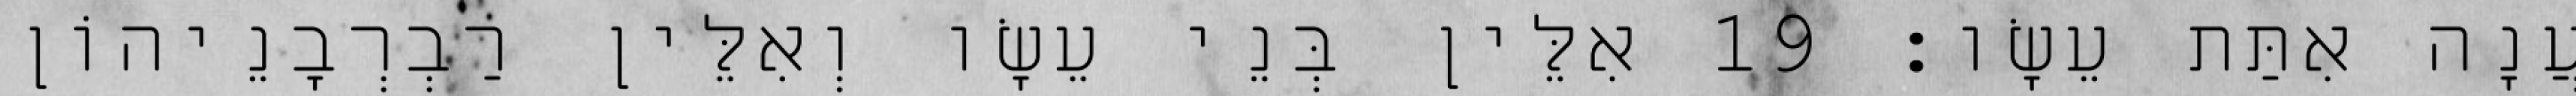
עֲנָה אִתַּת עֵשָׂו׃ 19 אִלֵּין בְּנֵי עֵשָׂו וְאִלֵּין רַבְרְבָנֵיהוֹן